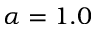
\alpha = 1 . 0